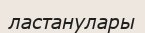
ластанулары